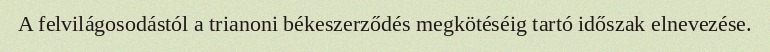
A felvilágosodástól a trianoni békeszerződés megkötéséig tartó időszak elnevezése.